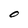
Character: 0